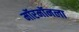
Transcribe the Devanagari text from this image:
मॉरमॉनला